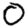
Digit: 0